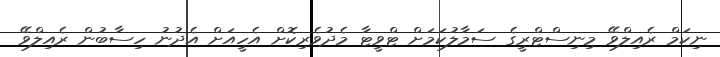
ނިކަމް ރެއިލްވޭ މިނިސްޓްރީގެ ސަމާލުކަމަށް ޓްވީޓާ މެދުވެރިކޮށް އެހީއަށް އެދުނު ހިސާބުން ރެއިލްވޭ